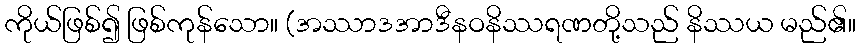
ကိုယ်ဖြစ်၍ ဖြစ်ကုန်သော။ (အဿာဒအာဒီနဝနိဿရဏတို့သည် နိဿယ မည်၏။